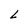
Character: L